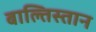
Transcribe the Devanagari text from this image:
बाल्तिस्तान